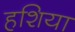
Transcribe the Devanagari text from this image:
हशिया